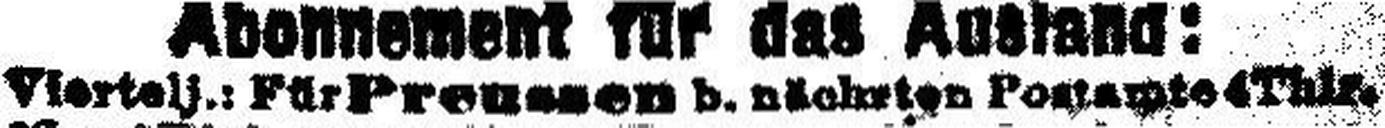
Viertelj.: Für Preussen b. nächsten Postamte 4 Thlr.